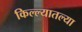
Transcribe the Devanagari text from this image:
किल्ल्यातल्या